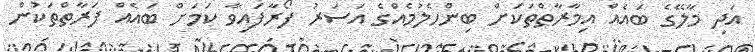
އަދި މާލޭގެ ބައެއް އިމާރާތްތަކަށް ބިންހެލުމެއްގެ އަސަރު ފޯރާފައިވާ ކަމަށް ބައެއް ފަރާތްތަކުން